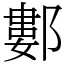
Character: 䣚